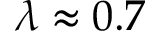
\lambda \approx 0 . 7